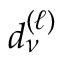
d _ { \nu } ^ { ( \ell ) }